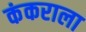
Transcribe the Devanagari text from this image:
कंकराला